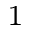
^ 1